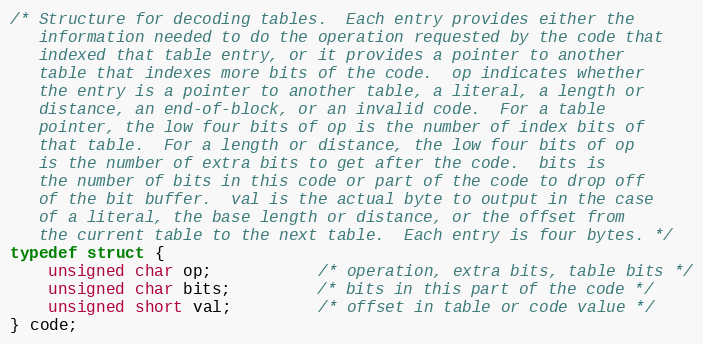
Language: C
/* Structure for decoding tables.  Each entry provides either the
   information needed to do the operation requested by the code that
   indexed that table entry, or it provides a pointer to another
   table that indexes more bits of the code.  op indicates whether
   the entry is a pointer to another table, a literal, a length or
   distance, an end-of-block, or an invalid code.  For a table
   pointer, the low four bits of op is the number of index bits of
   that table.  For a length or distance, the low four bits of op
   is the number of extra bits to get after the code.  bits is
   the number of bits in this code or part of the code to drop off
   of the bit buffer.  val is the actual byte to output in the case
   of a literal, the base length or distance, or the offset from
   the current table to the next table.  Each entry is four bytes. */
typedef struct {
    unsigned char op;           /* operation, extra bits, table bits */
    unsigned char bits;         /* bits in this part of the code */
    unsigned short val;         /* offset in table or code value */
} code;